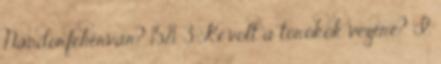
Nándorfehérvár? 1521. 3. Ki volt a törökök vezére? I.